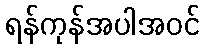
ရန်ကုန်အပါအဝင်